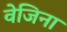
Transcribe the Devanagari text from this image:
वेजिना